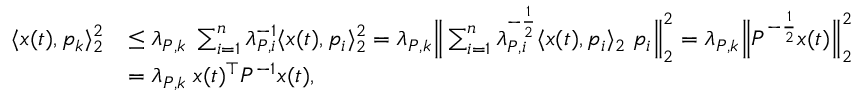
\begin{array} { r l } { \langle x ( t ) , p _ { k } \rangle _ { 2 } ^ { 2 } } & { \leq \lambda _ { P , k } \; \sum _ { i = 1 } ^ { n } \lambda _ { P , i } ^ { - 1 } \langle x ( t ) , p _ { i } \rangle _ { 2 } ^ { 2 } = \lambda _ { P , k } \Big \| \sum _ { i = 1 } ^ { n } \lambda _ { P , i } ^ { - \frac { 1 } { 2 } } \langle x ( t ) , p _ { i } \rangle _ { 2 } \; p _ { i } \Big \| _ { 2 } ^ { 2 } = \lambda _ { P , k } \Big \| P ^ { - \frac { 1 } { 2 } } x ( t ) \Big \| _ { 2 } ^ { 2 } } \\ & { = \lambda _ { P , k } \; x ( t ) ^ { \top } P ^ { - 1 } x ( t ) , } \end{array}